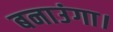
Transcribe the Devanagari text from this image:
बनाउंगा।